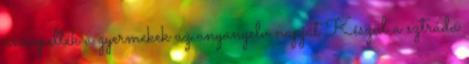
ünnepelték a gyermekek az anyanyelv napját Készül a sztráda